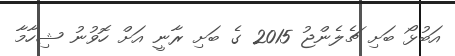
އަބުޅޯ ބަށި ޗެލެންޖު 2015 ގެ ބަށި ރާނީ އަށް ހޮވުނު ޝިހާމާ